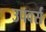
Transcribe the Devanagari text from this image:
उपवर्स